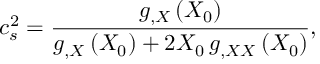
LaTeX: c _ { s } ^ { 2 } = \frac { g _ { , X } \left( X _ { 0 } \right) } { g _ { , X } \left( X _ { 0 } \right) + 2 X _ { 0 } \, g _ { , X X } \left( X _ { 0 } \right) } ,